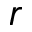
r